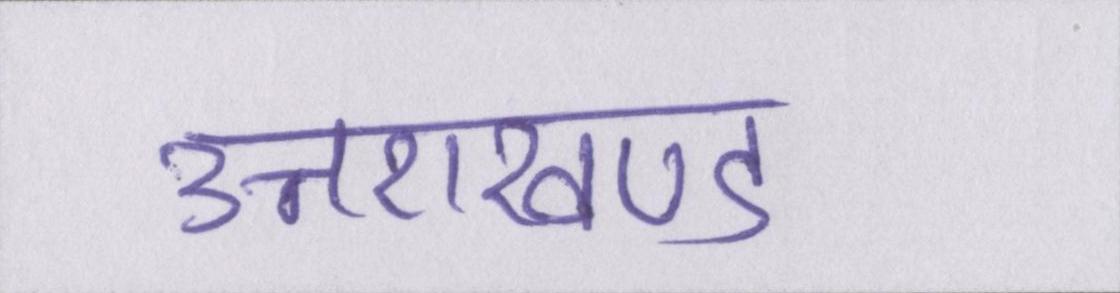
उत्तराखण्ड